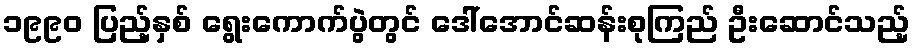
၁၉၉၀ ပြည့်နှစ် ရွေးကောက်ပွဲတွင် ဒေါ်အောင်ဆန်းစုကြည် ဦးဆောင်သည့်